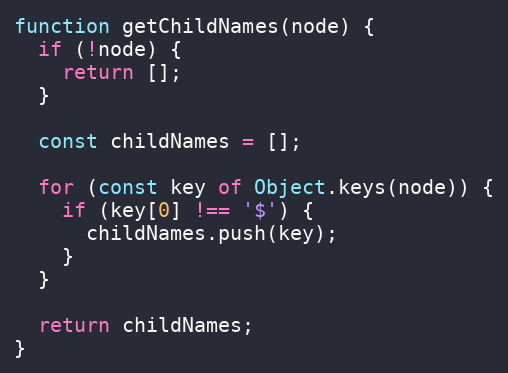
Language: JavaScript
function getChildNames(node) {
  if (!node) {
    return [];
  }

  const childNames = [];

  for (const key of Object.keys(node)) {
    if (key[0] !== '$') {
      childNames.push(key);
    }
  }

  return childNames;
}